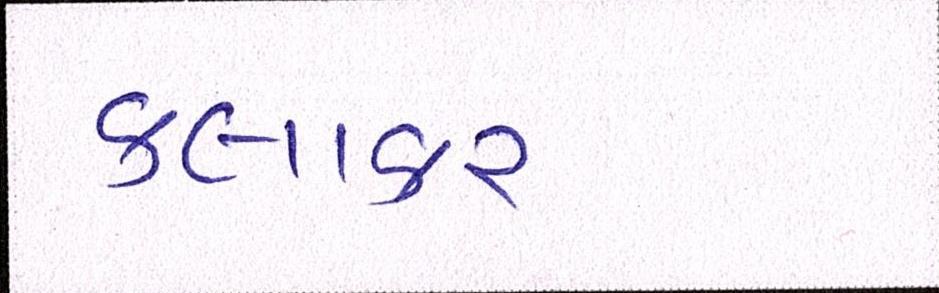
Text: કલાકાર